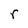
Character: r